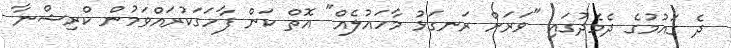
ދެ ގައުމުގެ ދެމެދުގައި "ވަރަށް ރަނގަޅު މާހައުލެއް" އޮތް ކަން ފާހަގަކުރައްވަމުން ކްރިޝްނާ